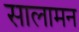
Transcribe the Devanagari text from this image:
सालामन